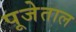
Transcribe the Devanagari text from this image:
पूजेताल